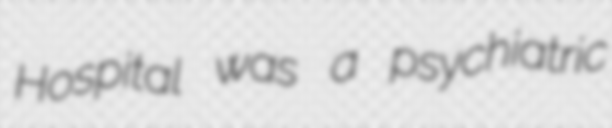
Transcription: Hospital was a psychiatric